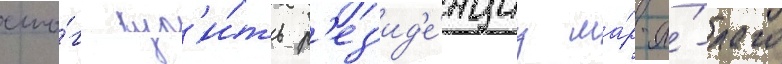
смо́г куп'и́ть р'ез'ид'е́нциу ма́р-а́-лаго